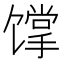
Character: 𩠏